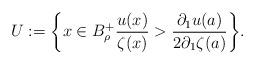
LaTeX: \begin{align*}U:=\bigg \{ x \in B_\rho^+ \frac{u(x)}{\zeta(x)} > \frac{\partial_1u(a)}{2 \partial_1\zeta (a)} \bigg \}. \end{align*}